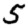
Digit: 5